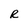
Character: R